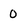
Character: 0